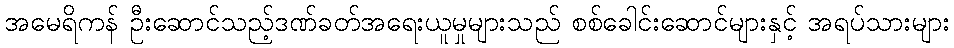
အမေရိကန် ဦးဆောင်သည့်ဒဏ်ခတ်အရေးယူမှုများသည် စစ်ခေါင်းဆောင်များနှင့် အရပ်သားများ